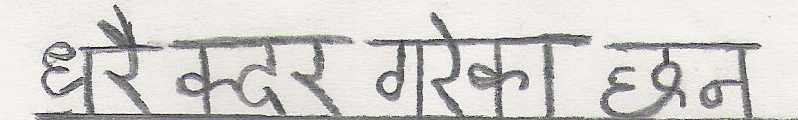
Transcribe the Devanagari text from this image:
धेरै कदर गरेका छन्